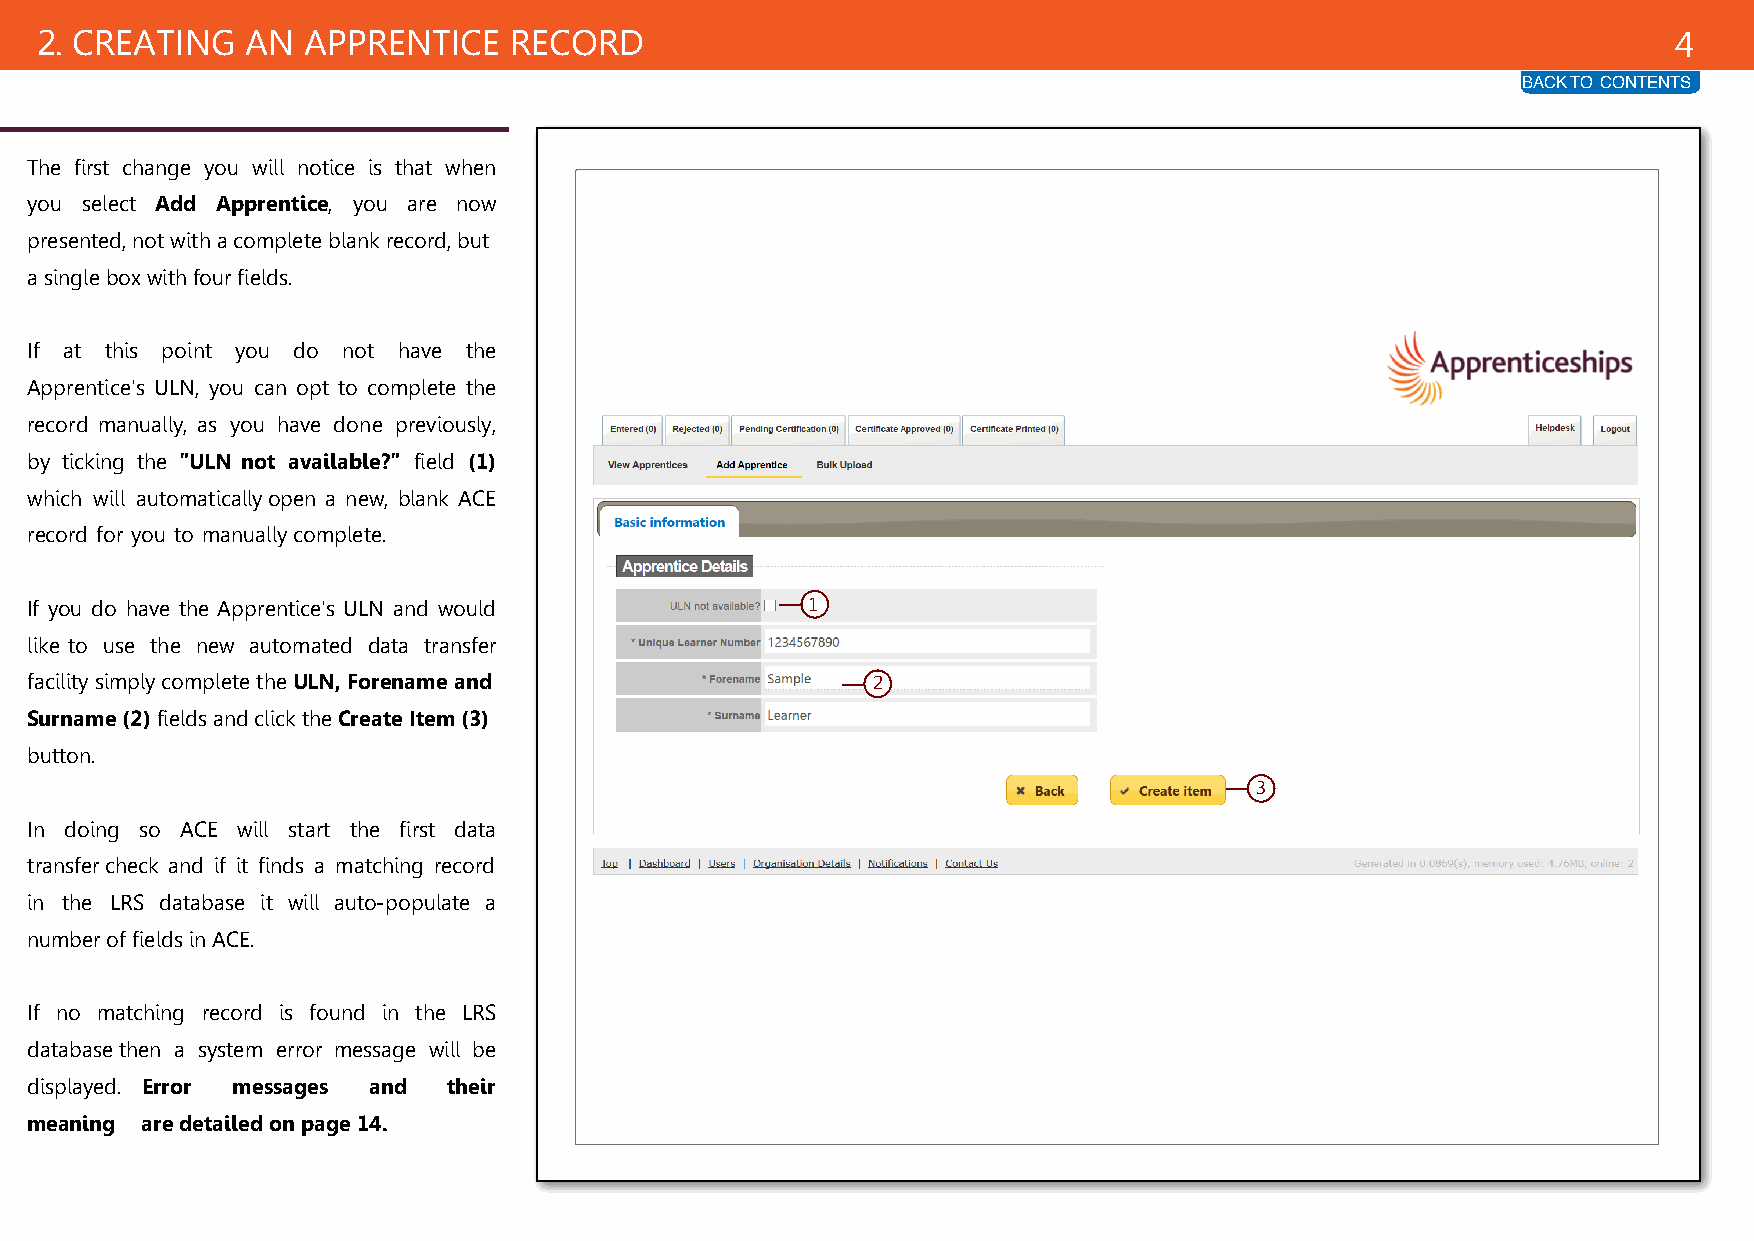
2. CREATING   AN  APPRENTICE    RECORD                                                                       4
 BACK TO CONTENTS
 The first change you will notice is that when
 you select Add Apprentice, you are now
 presented, not with a complete blank record, but
 a single box with four fields.
 If at this point you do not have the
 Apprentice's ULN, you can opt to complete the
 record manually, as you have done previously,
 by ticking the "ULN not available?" field (1)
 which will automatically open a new, blank ACE
 record for you to manually complete.
 If you do have the Apprentice's ULN and would       1
 like to use the new automated data transfer
 facility simply complete the ULN, Forename and          2
 Surname (2) fields and click the Create Item (3)
 button.
 3
 In doing so ACE will start the first data
 transfer check and if it finds a matching record
 in the LRS database it will auto-populate a
 number of fields in ACE.
 If no matching record is found in the LRS
 database then a system error message will be
 displayed. Error messages and their
 meaning are detailed on page 14.